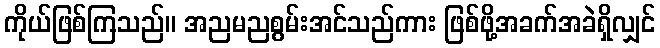
ကိုယ်ဖြစ်ကြသည်။ အညမညစွမ်းအင်သည်ကား ဖြစ်ဖို့အခက်အခဲရှိလျှင်